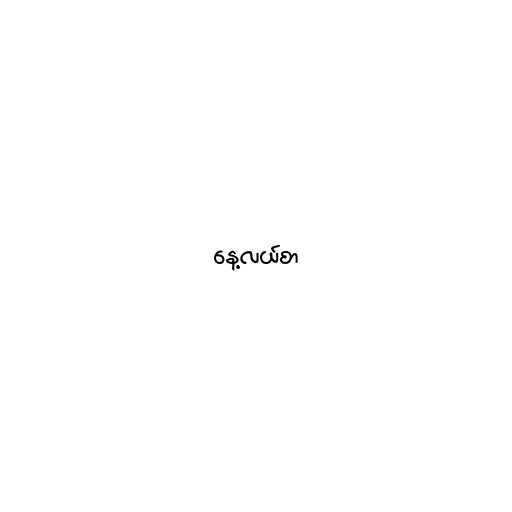
နေ့လယ်စာ